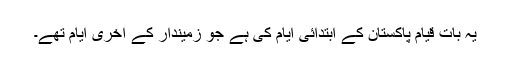
یہ بات قیام پاکستان کے ابتدائی ایام کی ہے جو زمیندار کے آخری ایام تھے۔